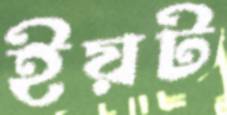
ইয়ট